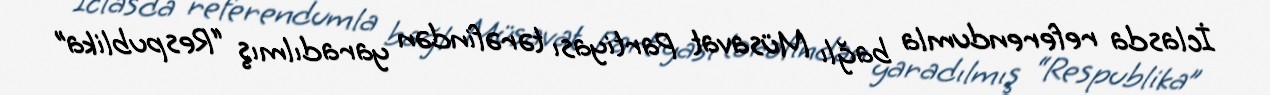
İclasda referendumla bağlı Müsavat Partiyası tərəfindən yaradılmış “Respublika”